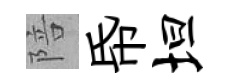
陪帋坦